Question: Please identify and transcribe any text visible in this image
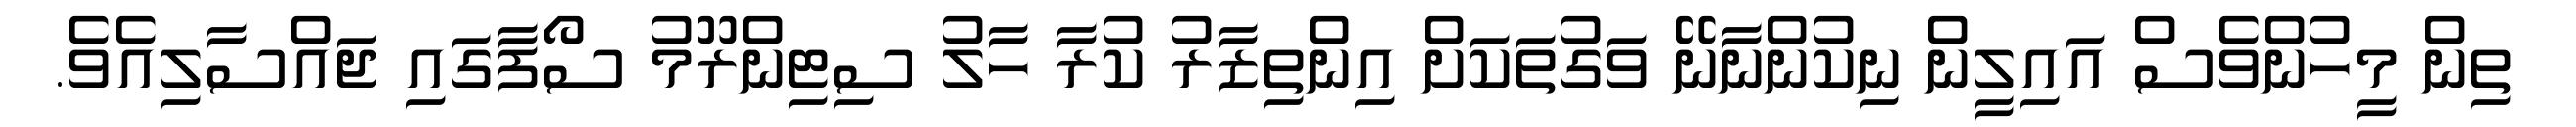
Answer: ތިން މީހުންވެސް އައިލީން ނިކުންނާނޭ ވަގުތަކަށް އިންތިޒާރު ކުރާ ހާލު ސިޓިންރޫމު ސޯފާގައި ޖައްސާލިއެވެ.